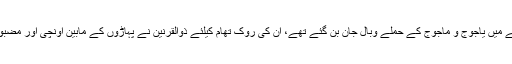
حضرت ذوالقرنین کے زمانے میں یاجوج و ماجوج کے حملے وبال جان بن گئے تھے، ان کی روک تھام کیلئے ذوالقرنین نے پہاڑوں کے مابین اونچی اور مضبوط سد (دیوار) تعمیر فرمائی۔